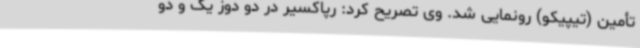
تأمین (تیپیکو) رونمایی شد. وی تصریح کرد: رپاکسیر در دو دوز یک و دو